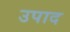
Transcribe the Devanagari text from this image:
उपाद